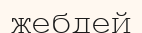
жебдей